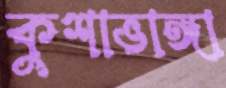
কুশাভাঙ্গা